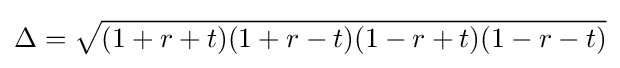
\Delta ={\sqrt {(1+r+t)(1+r-t)(1-r+t)(1-r-t)}}